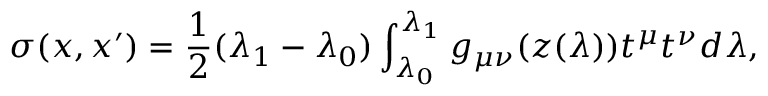
\sigma ( x , x ^ { \prime } ) = \frac { 1 } { 2 } ( \lambda _ { 1 } - \lambda _ { 0 } ) \int _ { \lambda _ { 0 } } ^ { \lambda _ { 1 } } g _ { \mu \nu } ( z ( \lambda ) ) t ^ { \mu } t ^ { \nu } d \lambda ,